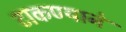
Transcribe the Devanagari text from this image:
टाकण्याने